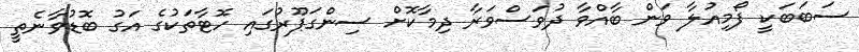
ސަބަބަކީ ފޯމިއުލާ ވަން ބާއްވާ ދުވަސްވަރާ ދިމާކޮށް ސިންގަޕޫރުގައި ހޮޓާތަކުގެ އަގު ބޮޑުވާނެތީ